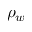
\rho _ { w }